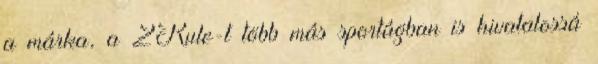
a márka, a 2Rule-t több más sportágban is hivatalossá